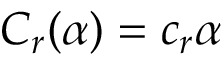
C _ { r } ( \alpha ) = c _ { r } \alpha